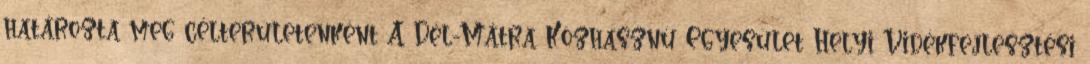
határozta meg célterületenként A Dél-Mátra Közhasznú Egyesület Helyi Vidékfejlesztési